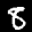
Label: 8